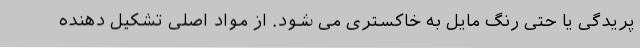
پریدگی یا حتی رنگ مایل به خاکستری می شود. از مواد اصلی تشکیل دهنده